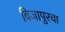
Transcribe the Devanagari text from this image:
विजापुरचा